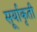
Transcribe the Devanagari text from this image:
सूर्याकृती